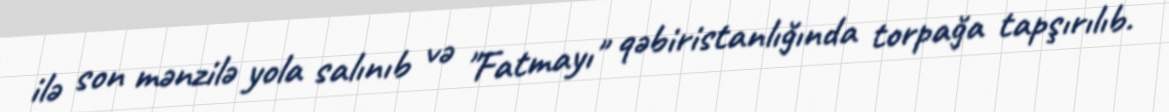
ilə son mənzilə yola salınıb və "Fatmayı" qəbiristanlığında torpağa tapşırılıb.